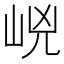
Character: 㟅